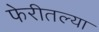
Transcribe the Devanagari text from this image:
फेरीतल्या